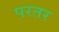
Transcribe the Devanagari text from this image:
परतर